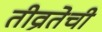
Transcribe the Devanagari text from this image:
तीव्रतेची